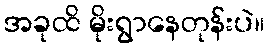
အခုထိ မိုးရွာနေတုန်းပဲ။